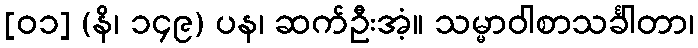
[၀၁] (နိ၊ ၁၄၉) ပန၊ ဆက်ဦးအံ့။ သမ္မာဝါစာသင်္ခါတာ၊